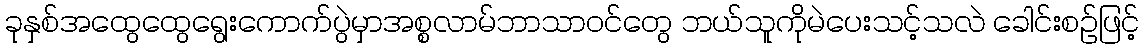
ခုနှစ်အထွေထွေရွေးကောက်ပွဲမှာအစ္စလာမ်ဘာသာဝင်တွေ ဘယ်သူကိုမဲပေးသင့်သလဲ ခေါင်းစဉ်ဖြင့်